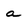
Character: a